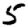
Digit: 5